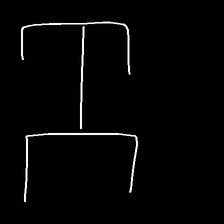
Glyph: entwine